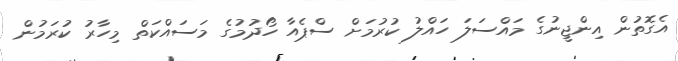
އެގޮތުން އިންޖީނުގެ މައްސަލަ ހައްލު ކުރުމަށް ސްޕެއާ ހޯދުމުގެ މަސައްކަތް މިހާރު ކުރަމުން